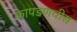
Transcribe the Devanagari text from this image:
कापडणवीस